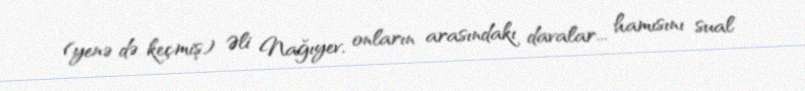
(yenə də keçmiş) Əli Nağıyev, onların arasındakı davalar... hamısını sual